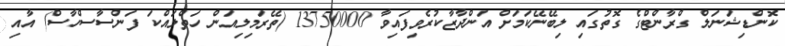
ކޮންޑިޝަނަލް ގްރާންޓްގެ ގޮތުގައި ލިބޭނޭކަމަށް އަންދާޒާކުރެވިފައިވާ 13750000 (ތޭރަމިލިއަން ހަތްލައްކަ ފަންސާސްހާސް) އާއި